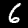
Label: 6